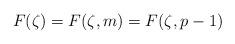
LaTeX: \begin{align*}F(\zeta) = F(\zeta, m) = F(\zeta, p-1)\end{align*}